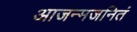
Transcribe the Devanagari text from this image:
आजन्मजनितं